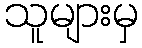
သူများမှ